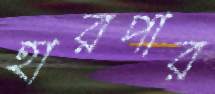
হারপার